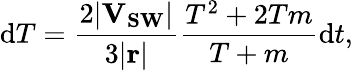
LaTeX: \mathrm{d}T=\frac{2\mathbf{\left|V_{SW}\right|}}{3\mathbf{\left|r\right|}}\frac{T^{2}+2Tm}{T+m}\mathrm{d}t,